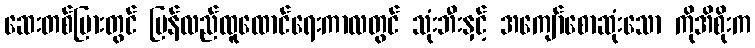
ဆေးတစ်ပြားတွင် ပြန်လည်ထူထောင်ရေးကာလတွင် သုံးဘီးနှင့် အကျော်စောဆုံးသော ကိုအိစိုးက